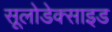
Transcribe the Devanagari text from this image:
सूलोडेक्साइड